Vaccination in the Punjab 1905-1918 - 1905-1918
Year: 1905
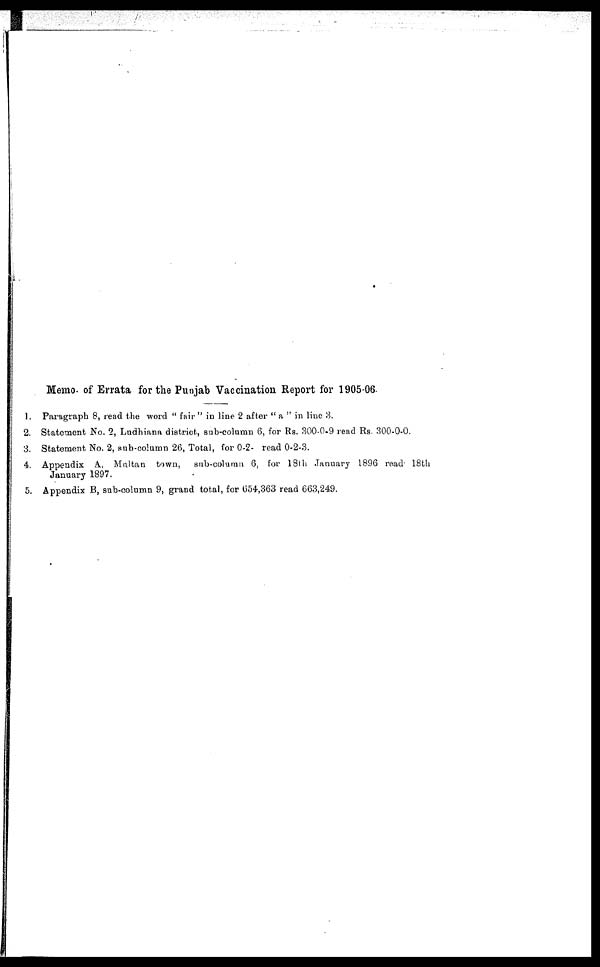
Memo. of Errata for the Punjab Vaccination Report for 1905-06.
1. Paragraph 8, read the word " fair " in line 2 after " a " in line 3.
2. Statement No. 2, Ludhiana district, sub-column 6, for Rs. 300-0-9 read Rs. 300-0-0.
3. Statement No. 2, sub-column 26, Total, for 0-2- read 0-2-3.
4. Appendix A Multan town,
sub-column 6, for 18th January 1896 read 18th
January 1897.
5. Appendix B, sub-column 9, grand total, for 654,363 read 663,249.